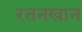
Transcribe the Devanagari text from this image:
रतनखान